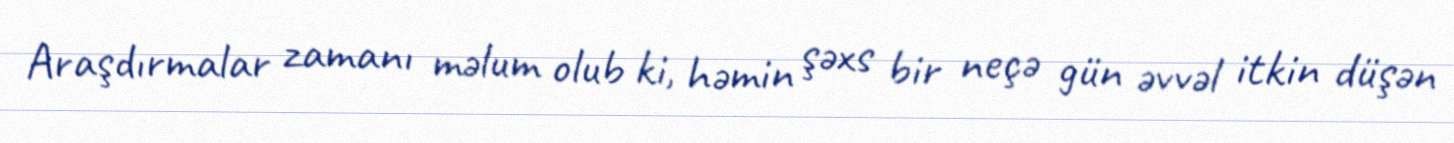
Araşdırmalar zamanı məlum olub ki, həmin şəxs bir neçə gün əvvəl itkin düşən